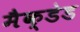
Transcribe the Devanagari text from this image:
मैक्डेड